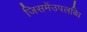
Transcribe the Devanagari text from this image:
जिसमेंउपलब्धि